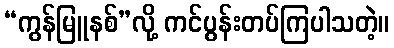
“ကွန်မြူနစ်”လို့ ကင်ပွန်းတပ်ကြပါသတဲ့။